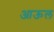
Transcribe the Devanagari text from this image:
आऊल